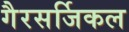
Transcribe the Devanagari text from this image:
गैरसर्जिकल